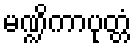
မဏ္ဍိကာပုတ္တံ